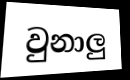
වුනාලු